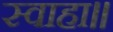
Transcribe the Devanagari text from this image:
स्वाहा॥